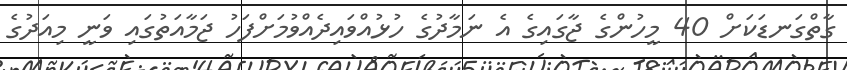
ގާތްގަނޑަކަށް 40 މީހުންގެ ޖާގައިގެ އެ ނަމާދުގެ ހުޅުއްވައިދެއްވުމަށްފަހު ޖަމާއަތުގައި ވަނީ މިއަދުގެ